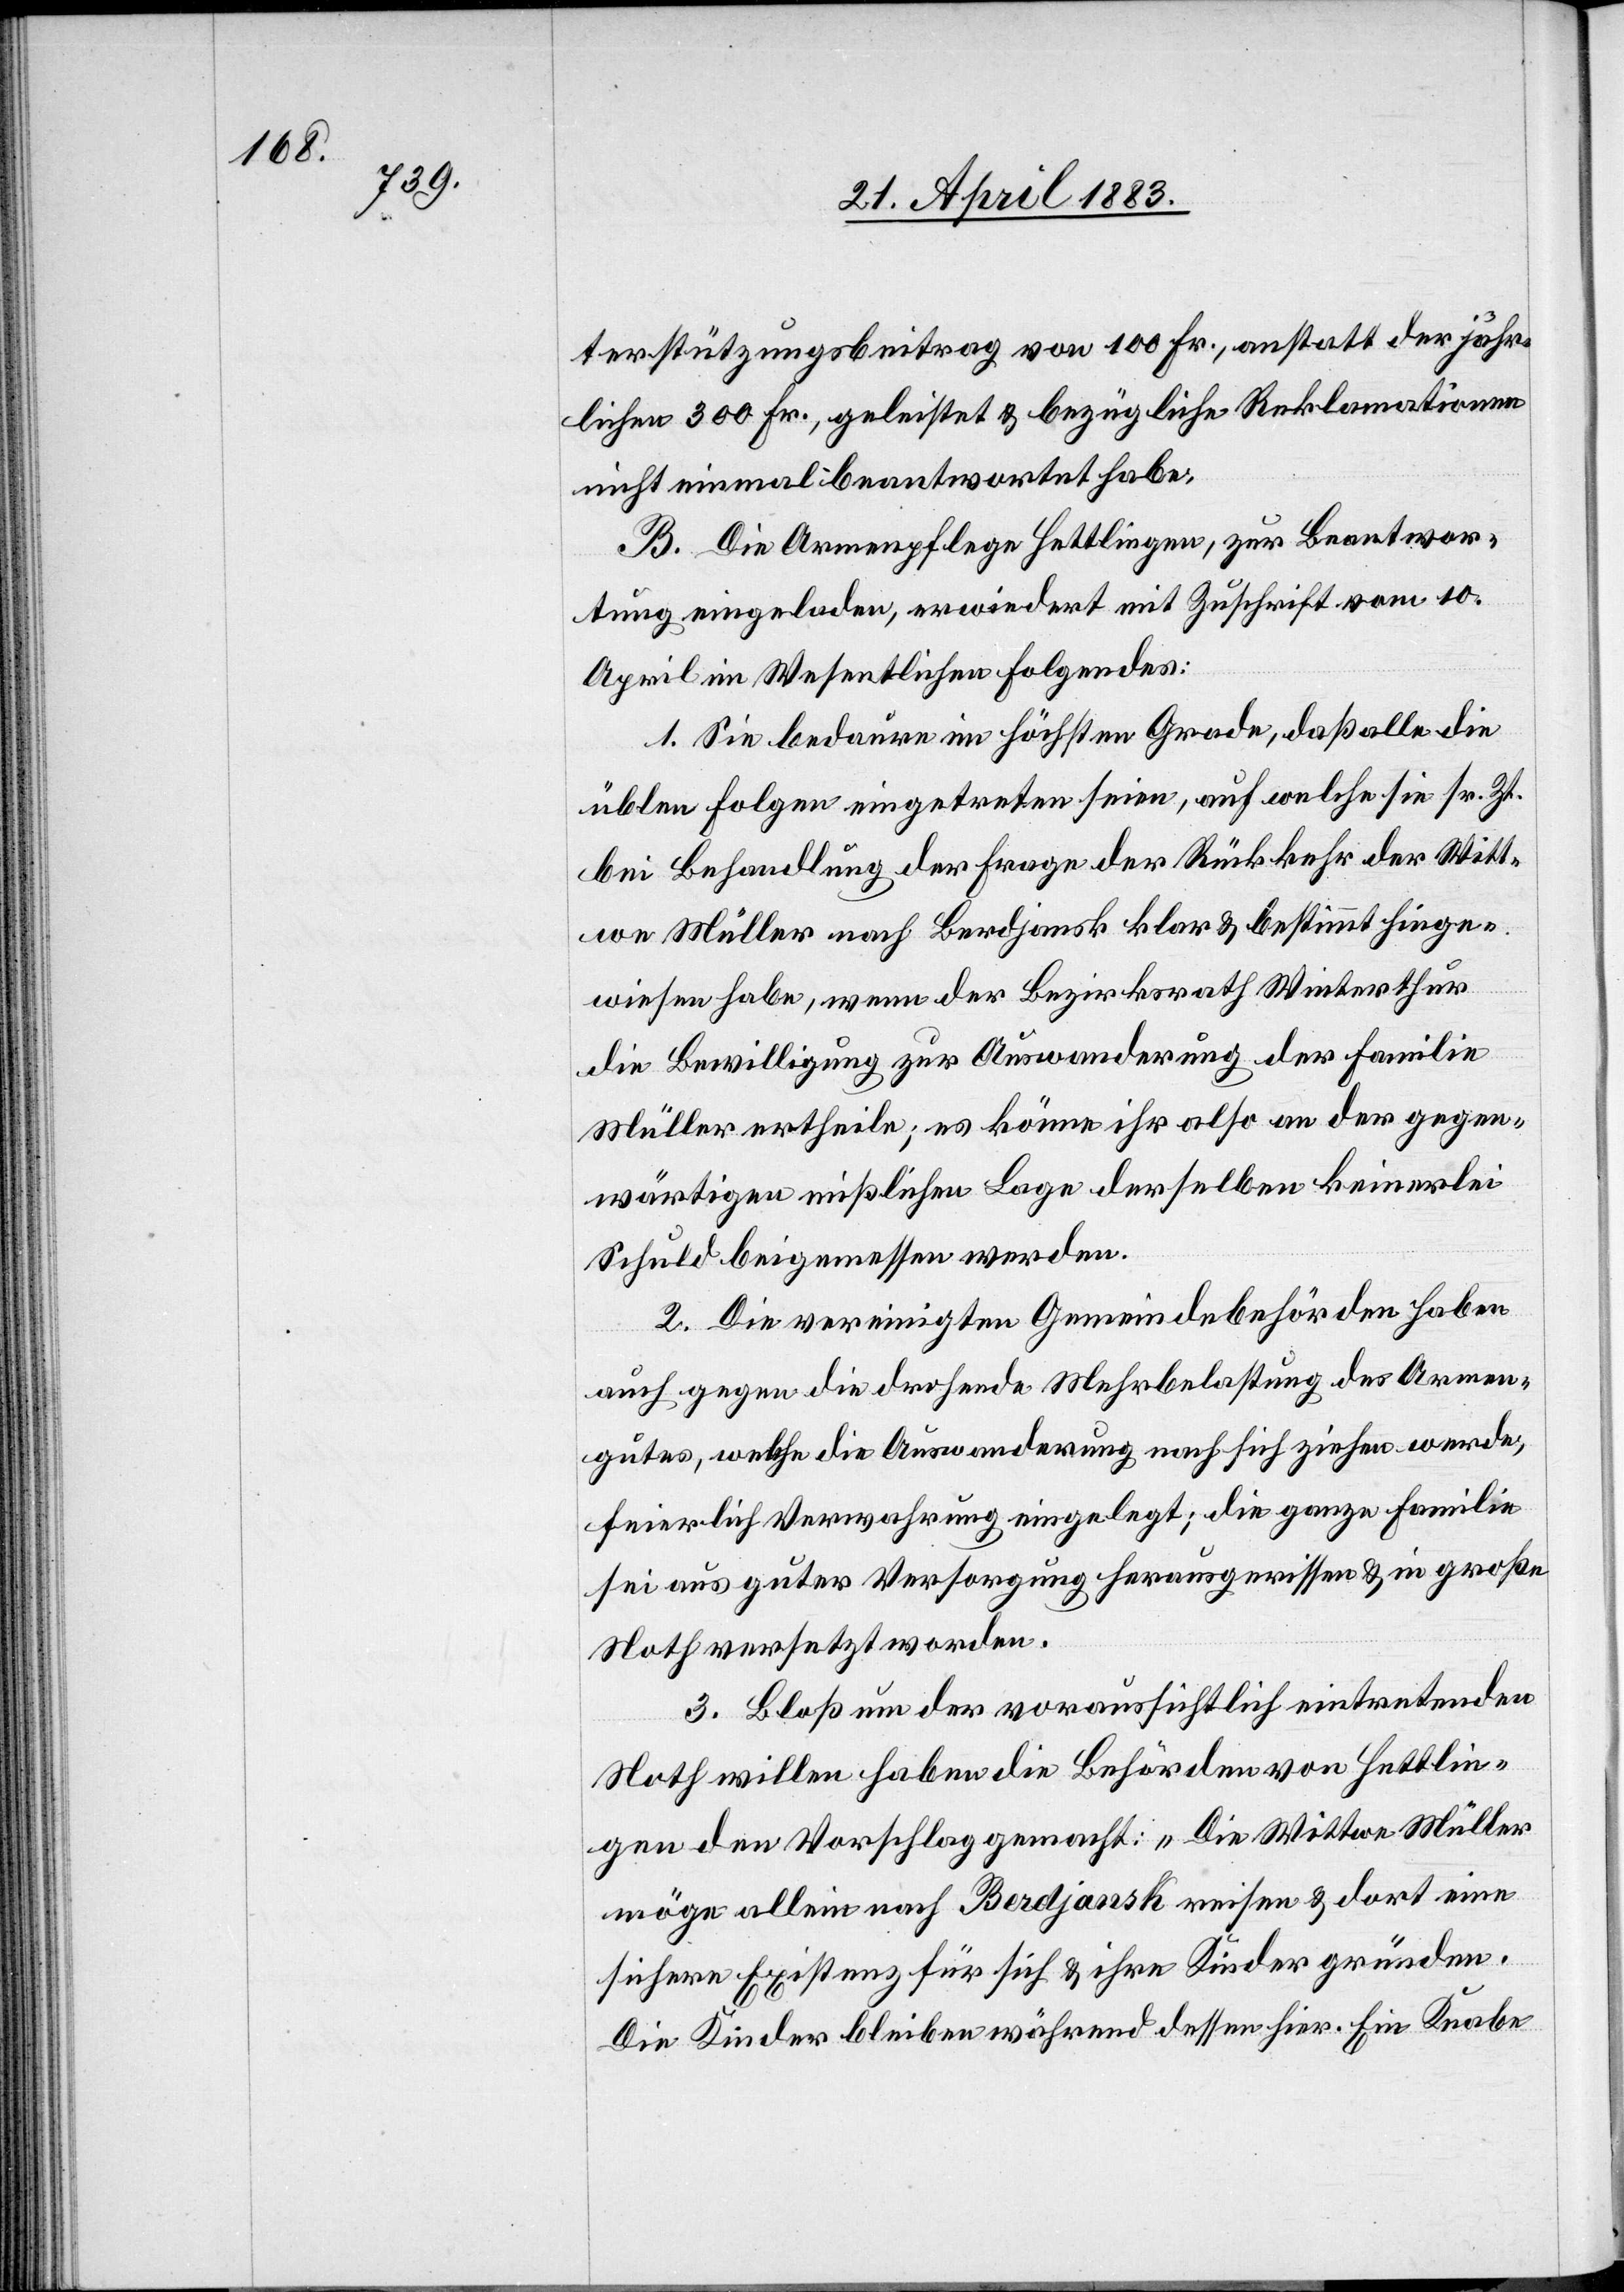
terstützungsbeitrag von 100 Fr., anstatt der jähr¬
lichen 300 Fr., geleistet & bezügliche Reklamationen
nicht einmal beantwortet habe.
B. Die Armenpflege Hettlingen, zur Beantwor¬
tung eingeladen, erwiedert mit Zuschrift vom 10.
April im Wesentlichen Folgendes:
1. Sie bedaure im höchsten Grade, daß alle die
üblen Folgen eingetreten seien, auf welche sie sr. Zt.
bei Behandlung der Frage der Rückkehr der Witt¬
we Müller nach Berdjansk klar & bestimmt hinge¬
wiesen habe, wenn der Bezirksrath Winterthur
die Bewilligung zur Auswanderung der Familie
Müller ertheile; es könne ihr also an der gegen¬
wärtigen misslichen Lage derselben keinerlei
Schuld beigemessen werden.
2. Die vereinigten Gemeindebehörden haben
auch gegen die drohende Mehrbelastung des Armen¬
gutes, welche die Auswanderung nach sich ziehen werde,
feierlich Verwahrung eingelegt; die ganze Familie
sei aus guter Versorgung herausgerissen & in große
Noth versetzt worden.
3. Bloß um der voraussichtlich eintretenden
Noth willen haben die Behörden von Hettlin¬
gen den Vorschlag gemacht: „Die Wittwe Müller
möge allein nach Berdjansk reisen & dort eine
sichere Existenz für sich & ihre Kinder gründen.
Die Kinder bleiben währenddessen hier. Ein Knabe